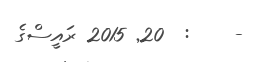
-    :  20